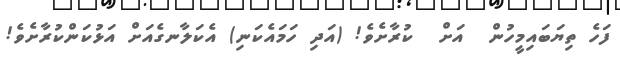
ފަހެ ތިޔަބައިމީހުން  އަށް  ކުރާށެވެ! (އަދި ހަމައެކަނި) އެކަލާނގެއަށް އަޅުކަންކުރާށެވެ!